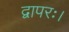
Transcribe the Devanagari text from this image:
द्वापरः।